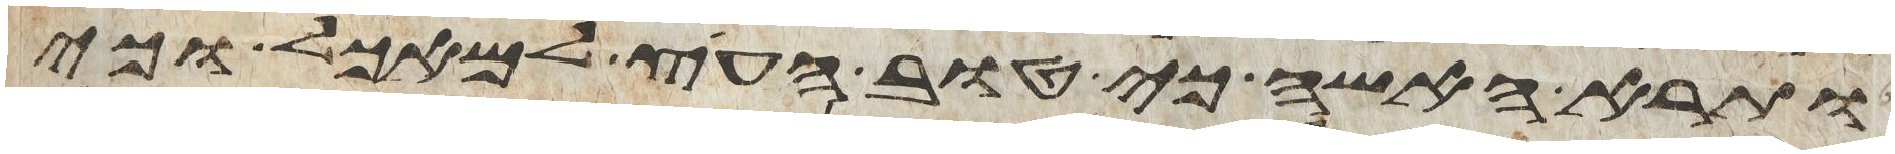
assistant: ותרא האשה כי טוב העץ למאכל וכי